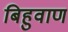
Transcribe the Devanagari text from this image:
बिहुवाण